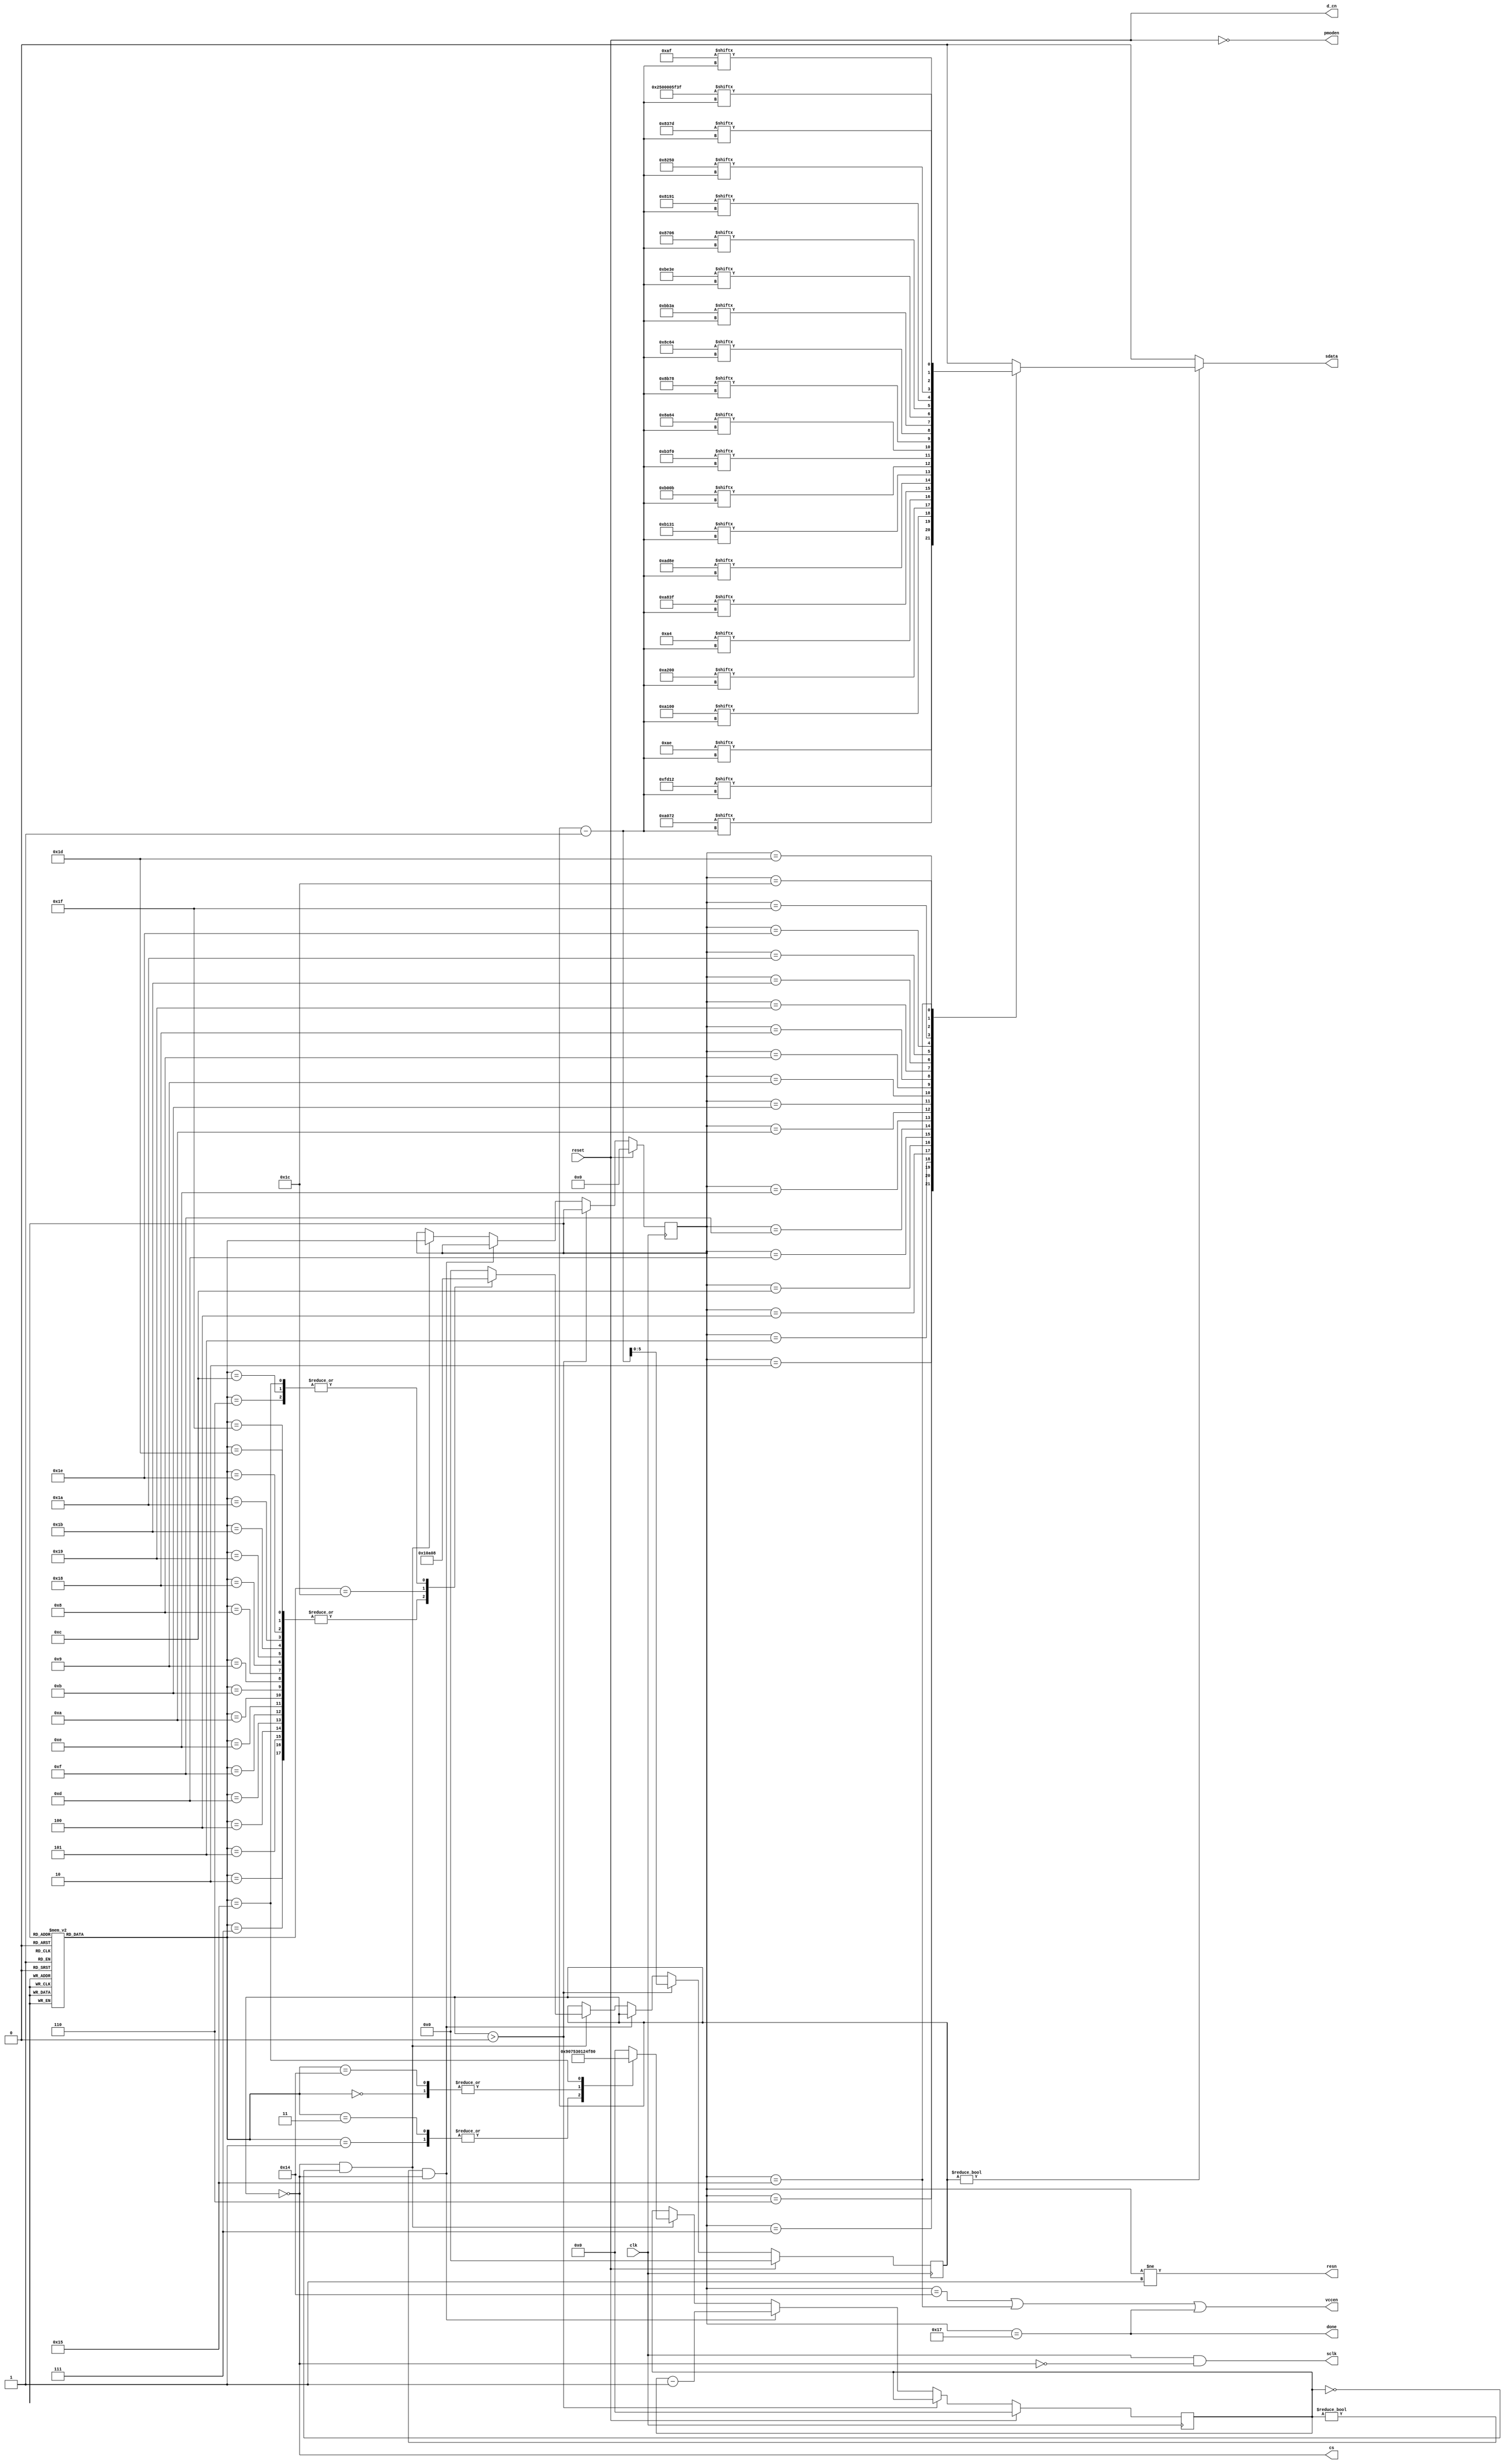
//--------------------------------------------------------------------
//-- SSD1331 Display Power On and Init Controller
//--------------------------------------------------------------------
`default_nettype none
`define BYTE_LEN(VAR) $bits(VAR)/8

module pwr_on_ctl #(
    parameter CLK_FREQ = 12_000_000,
    parameter DISPLAY_REMAP = 8'h72,//8'h72, // display remap and data format for A0h cmd
    parameter START_LINE = 8'h00, // display start line for A1h cmd
    parameter DISPLAY_OFFSET = 8'h00, // display offset for A2h cmd
    parameter DISPLAY_MODE = 8'hA4, // display mode: A4h - normal, A5h - all on, A6h - all off, A7h - inverse
    parameter MULTIPLEX_RATIO = 8'h3F, // for A8h cmd
    parameter POWER_MODE = 8'h0B, // power mode (B0h cmd): 0Bh - disable power save, 1Ah - enable power save (RESET)
    parameter PHASE_ADJUST = 8'h31, // phase 1 and phase 2 pixel (dis)charge length for B1h cmd
    parameter DISPLAY_CLOCK = 8'hF0, // B3h cmd, 7:4 = Oscillator Frequency, 3:0 = CLK Div Ratio (A[3:0]+1 = 1..16)
    parameter PRECHARGE_A = 8'h64, // second precharge speeds for channels A-B-C, 8Ah-8Ch commands
    parameter PRECHARGE_B = 8'h78,
    parameter PRECHARGE_C = 8'h64,
    parameter PRECHARGE_LEVEL = 8'h3A, // BBh cmd, Vp precharge level in ref to Vcc
    parameter VCOMH_LEVEL = 8'h3E, // BEh cmd, COM deselect voltage level (Vcomh)
    parameter MASTER_CURRENT_ATT = 8'h06, // 87h cmd, master current attenuation factor
    parameter CONTRAST_A = 8'h91, //contrast for channels A-B-C, 81h-83h commands
    parameter CONTRAST_B = 8'h50,
    parameter CONTRAST_C = 8'h7D
)(
    input wire clk,
    input wire reset,
    output reg sdata,
    output wire sclk,
    output wire cs,
    output wire d_cn,
    output wire pmoden,
    output wire vccen,
    output wire resn,
    output wire done
);

// display commands
localparam EnableOledDriverCmd      = 16'hFD12;
localparam DisplayOffCmd            = 8'hAE;
localparam SetRemapCmd              = {8'hA0, DISPLAY_REMAP};
localparam SetStartLineCmd          = {8'hA1, START_LINE};
localparam SetOffsetCmd             = {8'hA2, DISPLAY_OFFSET};
localparam SetDisplayModeCmd        = DISPLAY_MODE;
localparam SetMultiplexRatioCmd     = {8'hA8, MULTIPLEX_RATIO};
localparam SetMasterConfCmd         = 16'hAD8E; // select external Vcc supply
localparam SetPhaseAdjustCmd        = {8'hB1, PHASE_ADJUST};
localparam SetPowerModeCmd          = {8'hB0, POWER_MODE};
localparam SetDisplayClockCmd       = {8'hB3, DISPLAY_CLOCK};
localparam SetPrechargeACmd         = {8'h8A, PRECHARGE_A};
localparam SetPrechargeBCmd         = {8'h8B, PRECHARGE_B};
localparam SetPrechargeCCmd         = {8'h8C, PRECHARGE_C};
localparam SetPrechargeLevelCmd     = {8'hBB, PRECHARGE_LEVEL};
localparam SetVcomhCmd              = {8'hBE, VCOMH_LEVEL};
localparam SetMasterCurrentCmd      = {8'h87, MASTER_CURRENT_ATT};
localparam SetContrastACmd          = {8'h81, CONTRAST_A};
localparam SetContrastBCmd          = {8'h82, CONTRAST_B};
localparam SetContrastCCmd          = {8'h83, CONTRAST_C};
localparam ClearScreenCmd           = 40'h2500005F3F;
localparam DisplayOnCmd             = 8'hAF;

localparam MaxCmdLen = $clog2($bits(ClearScreenCmd)+1); //use the longest command from the list above
reg [MaxCmdLen-1:0] cmd_bit_count; // 0 is reserved for done

// state delays
localparam PowerDelayCnt = (CLK_FREQ * 20) / 1000; // 20 ms after power on (Vdd, Vddio) till reset
localparam ResetLowDelayCnt = (CLK_FREQ * 3) / 1_000_000; // 3 us for reset low after Vdd
localparam ResetHighDelayCnt = ResetLowDelayCnt; // another 3 us for reset high before enabling Vcc
localparam VccEnDelayCnt = (CLK_FREQ * 20) / 1000; // 20 ms after Vcc enabling for Vcc to get stable
localparam StartupCompleteDelayCnt = (CLK_FREQ * 100) / 1000; // 100 ms after sending display on (AFh) for SEG/COM to turn on

localparam MaxDelayCnt = StartupCompleteDelayCnt;
reg [$clog2(MaxDelayCnt)-1:0] delay;

// power-on state machine (Gray code)
localparam VddPowerOn           = 5'b00000;
localparam Reset                = 5'b00001;
localparam ReleaseReset         = 5'b00011;
localparam EnableOledDriver     = 5'b00010;
localparam DisplayOff           = 5'b00110;
localparam SetRemap             = 5'b00111;
localparam SetStartLine         = 5'b00101;
localparam SetOffset            = 5'b00100;
localparam SetDisplayMode       = 5'b01100;
localparam SetMultiplexRatio    = 5'b01101;
localparam SetMasterConf        = 5'b01111;
localparam SetPhaseAdjust       = 5'b01110;
localparam SetPowerMode         = 5'b01010;
localparam SetDisplayClock      = 5'b01011;
localparam SetPrechargeA        = 5'b01001;
localparam SetPrechargeB        = 5'b01000;
localparam SetPrechargeC        = 5'b11000;
localparam SetPrechargeLevel    = 5'b11001;
localparam SetVcomh             = 5'b11011;
localparam SetMasterCurrent     = 5'b11010;
localparam SetContrastA         = 5'b11110;
localparam SetContrastB         = 5'b11111;
localparam SetContrastC         = 5'b11101;
localparam ClearScreen          = 5'b11100;
localparam VccEnable            = 5'b10100;
localparam DisplayOn            = 5'b10101;
localparam PowerOnDone          = 5'b10111;

localparam StateWidth = $bits(PowerOnDone); // can be any state variable since they all have the same length
(* fsm_encoding = "none" *) //yosys will try to recode FSM as "one-hot"; this attribute precludes that and saves some 30 cells
reg [StateWidth-1:0] state;
wire [StateWidth-1:0] next_state = fsm_next_state(state);

function [StateWidth-1:0] fsm_next_state (
    input [StateWidth-1:0] state
);
    case (state)
        VddPowerOn: fsm_next_state          = Reset;
        Reset: fsm_next_state               = ReleaseReset;
        ReleaseReset: fsm_next_state        = EnableOledDriver;
        EnableOledDriver: fsm_next_state    = DisplayOff;
        DisplayOff: fsm_next_state          = SetRemap;
        SetRemap: fsm_next_state            = SetStartLine;
        SetStartLine: fsm_next_state        = SetOffset;
        SetOffset: fsm_next_state           = SetDisplayMode;
        SetDisplayMode: fsm_next_state      = SetMultiplexRatio;
        SetMultiplexRatio: fsm_next_state   = SetMasterConf;
        SetMasterConf: fsm_next_state       = SetPhaseAdjust;
        SetPhaseAdjust: fsm_next_state      = SetPowerMode;
        SetPowerMode: fsm_next_state        = SetDisplayClock;
        SetDisplayClock: fsm_next_state     = SetPrechargeA;
        SetPrechargeA: fsm_next_state       = SetPrechargeB;
        SetPrechargeB: fsm_next_state       = SetPrechargeC;
        SetPrechargeC: fsm_next_state       = SetPrechargeLevel;
        SetPrechargeLevel: fsm_next_state   = SetVcomh;
        SetVcomh: fsm_next_state            = SetMasterCurrent;
        SetMasterCurrent: fsm_next_state    = SetContrastA;
        SetContrastA: fsm_next_state        = SetContrastB;
        SetContrastB: fsm_next_state        = SetContrastC;
        SetContrastC: fsm_next_state        = ClearScreen;
        ClearScreen: fsm_next_state         = VccEnable;
        VccEnable: fsm_next_state           = DisplayOn;
        DisplayOn: fsm_next_state           = PowerOnDone;
        PowerOnDone: fsm_next_state         = PowerOnDone;
    default:
        fsm_next_state = VddPowerOn;
    endcase
endfunction

assign done = state == PowerOnDone;
assign resn = state != Reset;
assign vccen = state == VccEnable || state == DisplayOn || state == PowerOnDone;
assign pmoden = !reset;
assign d_cn = reset; // we only send commands and no data thus always 0
assign cs = cmd_bit_count == 0; // hold cs low while there's data
// SSD1331 datasheet says max freq is 6.6Mhz yet 12MHz seem to work just fine, thus no freq divider
// mask clock with data availability.
assign sclk = clk & !cs;

always @* begin
    if (cmd_bit_count != 0) begin
        case (state)
            EnableOledDriver:       sdata = EnableOledDriverCmd[(cmd_bit_count-1)];
            DisplayOff:             sdata = DisplayOffCmd[(cmd_bit_count-1)];
            SetRemap:               sdata = SetRemapCmd[(cmd_bit_count-1)];
            SetStartLine:           sdata = SetStartLineCmd[(cmd_bit_count-1)];
            SetOffset:              sdata = SetOffsetCmd[(cmd_bit_count-1)];
            SetDisplayMode:         sdata = SetDisplayModeCmd[(cmd_bit_count-1)];
            SetMultiplexRatio:      sdata = SetMultiplexRatioCmd[(cmd_bit_count-1)];
            SetMasterConf:          sdata = SetMasterConfCmd[(cmd_bit_count-1)];
            SetPhaseAdjust:         sdata = SetPhaseAdjustCmd[(cmd_bit_count-1)];
            SetPowerMode:           sdata = SetPowerModeCmd[(cmd_bit_count-1)];
            SetDisplayClock:        sdata = SetDisplayClockCmd[(cmd_bit_count-1)];
            SetPrechargeA:          sdata = SetPrechargeACmd[(cmd_bit_count-1)];
            SetPrechargeB:          sdata = SetPrechargeBCmd[(cmd_bit_count-1)];
            SetPrechargeC:          sdata = SetPrechargeCCmd[(cmd_bit_count-1)];
            SetPrechargeLevel:      sdata = SetPrechargeLevelCmd[(cmd_bit_count-1)];
            SetVcomh:               sdata = SetVcomhCmd[(cmd_bit_count-1)];
            SetMasterCurrent:       sdata = SetMasterCurrentCmd[(cmd_bit_count-1)];
            SetContrastA:           sdata = SetContrastACmd[(cmd_bit_count-1)];
            SetContrastB:           sdata = SetContrastBCmd[(cmd_bit_count-1)];
            SetContrastC:           sdata = SetContrastCCmd[(cmd_bit_count-1)];
            ClearScreen:            sdata = ClearScreenCmd[(cmd_bit_count-1)];
            DisplayOn:              sdata = DisplayOnCmd[(cmd_bit_count-1)];
            default: sdata = 0;
        endcase
    end else begin 
        sdata = 0;
    end
end

always @(negedge clk) begin
    if (reset) begin
        cmd_bit_count <= 0;
        delay <= 0;
        state <= VddPowerOn;
    end else begin
        if (cmd_bit_count > 0) begin
            cmd_bit_count <= cmd_bit_count - 1;
        end else if (delay != 0 && cmd_bit_count == 0) begin
            delay <= delay - 1;
        end else  if (cmd_bit_count == 0 && delay == 0) begin
            state <= next_state;
            cmd_bit_count <= 0;
            delay <= 0;
            case (next_state)
                VddPowerOn:             delay <= PowerDelayCnt;
                Reset:                  delay <= ResetLowDelayCnt;
                ReleaseReset:           delay <= ResetHighDelayCnt;
                EnableOledDriver:       cmd_bit_count <= $bits(EnableOledDriverCmd);
                DisplayOff:             cmd_bit_count <= $bits(DisplayOffCmd);
                SetRemap:               cmd_bit_count <= $bits(SetRemapCmd);
                SetStartLine:           cmd_bit_count <= $bits(SetStartLineCmd);
                SetOffset:              cmd_bit_count <= $bits(SetOffsetCmd);
                SetDisplayMode:         cmd_bit_count <= $bits(SetDisplayModeCmd);
                SetMultiplexRatio:      cmd_bit_count <= $bits(SetMultiplexRatioCmd);
                SetMasterConf:          cmd_bit_count <= $bits(SetMasterConfCmd);
                SetPhaseAdjust:         cmd_bit_count <= $bits(SetPhaseAdjustCmd);
                SetPowerMode:           cmd_bit_count <= $bits(SetPowerModeCmd);
                SetDisplayClock:        cmd_bit_count <= $bits(SetDisplayClockCmd);
                SetPrechargeA:          cmd_bit_count <= $bits(SetPrechargeACmd);
                SetPrechargeB:          cmd_bit_count <= $bits(SetPrechargeBCmd);
                SetPrechargeC:          cmd_bit_count <= $bits(SetPrechargeCCmd);
                SetPrechargeLevel:      cmd_bit_count <= $bits(SetPrechargeLevelCmd);
                SetVcomh:               cmd_bit_count <= $bits(SetVcomhCmd);
                SetMasterCurrent:       cmd_bit_count <= $bits(SetMasterCurrentCmd);
                SetContrastA:           cmd_bit_count <= $bits(SetContrastACmd);
                SetContrastB:           cmd_bit_count <= $bits(SetContrastBCmd);
                SetContrastC:           cmd_bit_count <= $bits(SetContrastCCmd);
                ClearScreen:            cmd_bit_count <= $bits(ClearScreenCmd);
                VccEnable:              delay <= VccEnDelayCnt;
                DisplayOn: begin
                    cmd_bit_count <= $bits(DisplayOnCmd);
                    delay <= StartupCompleteDelayCnt;
                end
                default: begin
                    cmd_bit_count <= 0;
                    delay <= 0;
                end
            endcase
        end
    end
end

endmodule